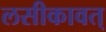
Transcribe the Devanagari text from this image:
लसीकावत्